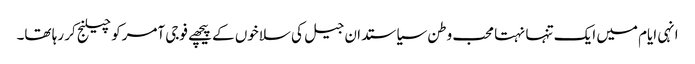
انہی ایام میں ایک تنہا نہتا محب وطن سیاستدان جیل کی سلاخوں کے پیچھے فوجی آمرکو چیلنج کر رہا تھا۔